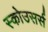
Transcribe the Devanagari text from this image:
स्कोउसर्स